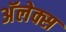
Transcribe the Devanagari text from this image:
अॅलेक्स